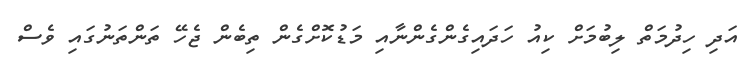
އަދި ހިދުމަތް ލިބުމަށް ކިއު ހަދައިގެންގެންނާއި މަޑުކޮށްގެން ތިބެން ޖެހޭ ތަންތަނުގައި ވެސް